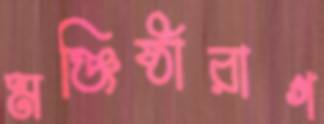
মঞ্জিষ্ঠারাগ